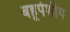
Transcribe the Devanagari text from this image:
बहूपेशीय